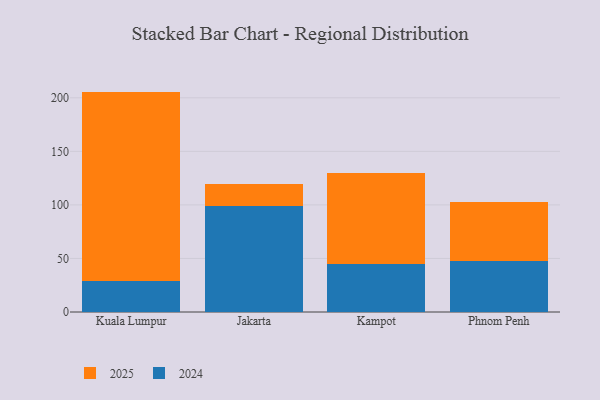
{"axis": {"x": "City", "y": "Headcount"}, "legend": ["2024", "2025"], "data": [{"x": "Kuala Lumpur", "y": 28.9, "type": "2024"}, {"x": "Kuala Lumpur", "y": 176.9, "type": "2025"}, {"x": "Jakarta", "y": 99.3, "type": "2024"}, {"x": "Jakarta", "y": 20.3, "type": "2025"}, {"x": "Kampot", "y": 44.5, "type": "2024"}, {"x": "Kampot", "y": 85.0, "type": "2025"}, {"x": "Phnom Penh", "y": 47.6, "type": "2024"}, {"x": "Phnom Penh", "y": 55.5, "type": "2025"}]}